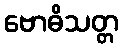
ဗောဓိသတ္တ